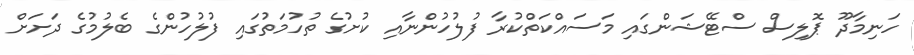
ހަނިމާދޫ ޕޮލިސް ސްޓޭޝަންގައި މަސައްކަތްކުރާ ފުލުހުންނާއި ކުށުގެ ތުހުމަތުގައި ފުލުހުންގެ ބެލުމުގެ ދަށަށް